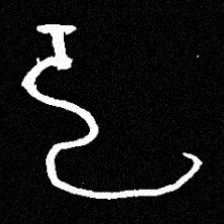
Pyu character \u2014 Myanmar letter: ဠ (romanized: lla)